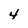
Character: 4